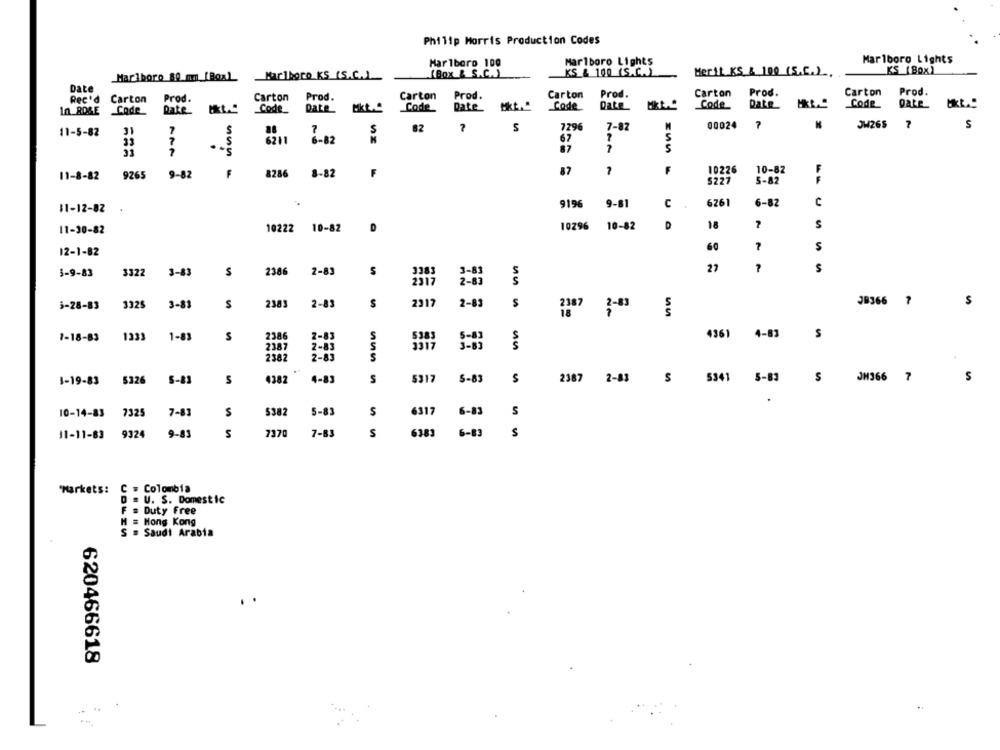
Philip Morris Production Codes
Marlboro Lights
Marlboro Lights
Marlboro 100
Marlboro KS (S.C.))
(Box & S.C. )
KS & 100 (S.C.)
Merit KS & 100 (S.C.) ..
KS (Box)
Marlboro 80 mm_[Box)
Date
Prod.
Rec'd Carton Prod.
Carton Prod.
Carton
Prod.
Carton
Prod.
Carton
Prod.
Carton
Carton
Code
Date
Code_ Date HRt.
Code
Date
In RD&E Code
Date
Code
Date
Code
Date
62
S
7296
7-82
00024
A
JW265
7
S
11-5-82
31
7
7
S
33
6-82
67
87
F
F
87
F
10226
10-82
11-8-82
9265
9-82
8286 8-82
S227
5-82
9196
9-81
6261
6-82
C
11-12-82
c
10296
10-82
D
18
7
S
11-30-82
10222
10-82
D
60
12-1-82
27
S
1-9-83
3322
3-83
$
2386
2-83
2317
2-83
un
JB366
5-28-83
3325
3-81
2383
2-83
$
2317
2-83
S
7
2387
1-18-83
1333
1-83
S
S
4361
4-83
S
5301
2387
2382
S
1-19-83
5326
5-83
S
4382
4-83
S
5317
S-83
S
2387
2-83
S
5341
5-83
S
JH366 7
S
10-14-83
7325
7-83
5382
5-83
S
6317
6-83
S
11-11-83
9324
9-83
S
7370
7-B3
S
6383
6-83
S
"Markets: C = Colombia
D = U. S. Domestic
F . Duty Free
H = Hong Kong
S . Saudi Arabia
620466618